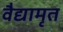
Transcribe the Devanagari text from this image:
वैद्यामृत